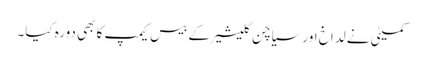
کمیٹی نے لداخ اور سیاچن گلیشیر کے بیس کیمپ کا بھی دورہ کیا۔